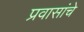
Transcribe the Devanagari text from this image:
प्रवासांचे